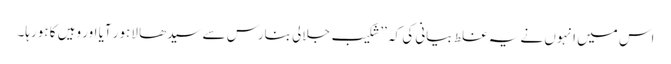
اس میں انہوں نے یہ غلط بیانی کی کہ ’’شکیب جلالی بنارس سے سیدھا لاہور آیا اور وہیں کا ہورہا۔